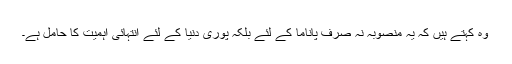
وہ کہتے ہیں کہ یہ منصوبہ نہ صرف پاناما کے لئے بلکہ پوری دنیا کے لئے انتہائی اہمیت کا حامل ہے۔